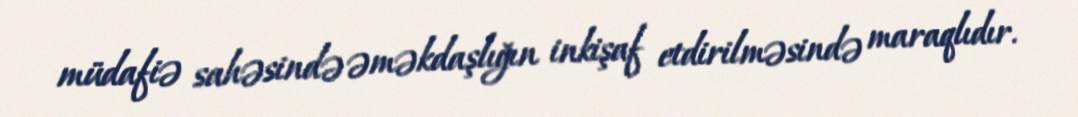
müdafiə sahəsində əməkdaşlığın inkişaf etdirilməsində maraqlıdır.